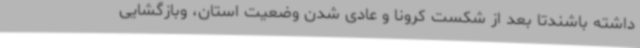
داشته باشندتا بعد از شکست کرونا و عادی شدن وضعیت استان، وبازگشایی